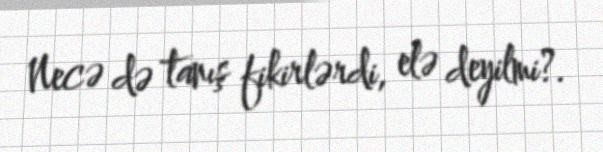
Necə də tanış fikirlərdi, elə deyilmi?.